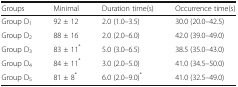
<table><thead><tr><td><b>Groups</b></td><td><b>Minimal</b></td><td><b>Duration time(s)</b></td><td><b>Occurrence time(s)</b></td></tr></thead><tbody><tr><td>Group D<sub>1</sub></td><td>92 ± 12</td><td>2.0 (1.0–3.5)</td><td>30.0 (20.0–42.5)</td></tr><tr><td>Group D<sub>2</sub></td><td>88 ± 16</td><td>2.0 (2.0–6.0)</td><td>42.0 (39.0–49.0)</td></tr><tr><td>Group D<sub>3</sub></td><td>83 ± 11<sup>*</sup></td><td>5.0 (3.0–6.5)</td><td>38.5 (35.0–43.0)</td></tr><tr><td>Group D<sub>4</sub></td><td>84 ± 11<sup>*</sup></td><td>3.0 (2.0–5.0)</td><td>41.0 (34.5–50.0)</td></tr><tr><td>Group D<sub>5</sub></td><td>81 ± 8<sup>*</sup></td><td>6.0 (2.0–9.0)<sup>*</sup></td><td>41.0 (32.5–49.0)</td></tr></tbody></table>